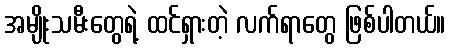
အမျိုးသမီးတွေရဲ့ ထင်ရှားတဲ့ လက်ရာတွေ ဖြစ်ပါတယ်။